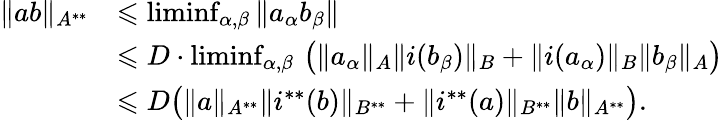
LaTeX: \begin{array}{rl}{\| ab\| _{A^{**}}}&{\leqslant\operatorname*{liminf}_{\alpha,\beta}\| a_{\alpha}b_{\beta}\| }\\ &{\leqslant D\cdot\operatorname*{liminf}_{\alpha,\beta}\, \big(\| a_{\alpha}\| _{A}\| i(b_{\beta})\| _{B}+\| i(a_{\alpha})\| _{B}\| b_{\beta}\| _{A}\big)}\\ &{\leqslant D\big(\| a\| _{A^{**}}\| i^{**}(b)\| _{B^{**}}+\| i^{**}(a)\| _{B^{**}}\| b\| _{A^{**}}\big).}\end{array}